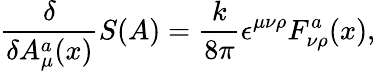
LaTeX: {\frac{\delta}{\delta A_{\mu}^{a}(x)}}S(A)={\frac{k}{8\pi}}\epsilon^{\mu\nu\rho}F_{\nu\rho}^{a}(x),